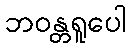
ဘဝန္တရူပေါ